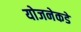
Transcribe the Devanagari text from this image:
योजनेकडे